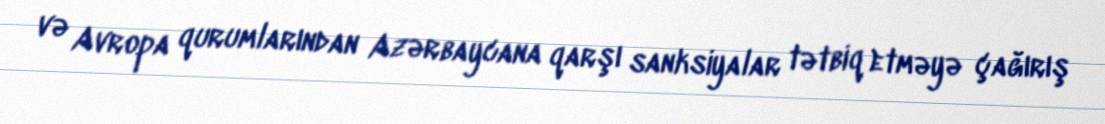
və Avropa qurumlarından Azərbaycana qarşı sanksiyalar tətbiq etməyə çağırış